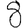
Digit: 8